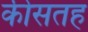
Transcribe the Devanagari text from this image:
कीसतह